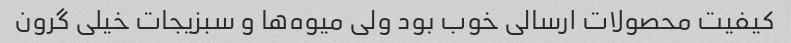
کیفیت محصولات ارسالی خوب بود ولی میوه‌ها و سبزیجات خیلی گرون